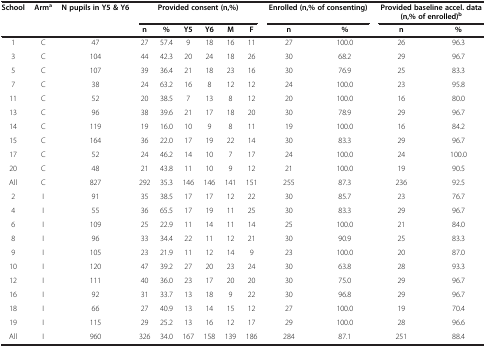
<table><thead><tr><td><b>School</b></td><td><b>Arm<sup>a</sup></b></td><td><b>N pupils in Y5 &amp; Y6</b></td><td colspan="6"><b>Provided consent (n,%)</b></td><td colspan="2"><b>Enrolled (n,% of consenting)</b></td><td colspan="2"><b>Provided baseline accel. data (n,% of enrolled)<sup>b</sup></b></td></tr><tr><td></td><td></td><td></td><td><b>n</b></td><td><b>%</b></td><td><b>Y5</b></td><td><b>Y6</b></td><td><b>M</b></td><td><b>F</b></td><td><b>n</b></td><td><b>%</b></td><td><b>n</b></td><td><b>%</b></td></tr></thead><tbody><tr><td>1</td><td>C</td><td>47</td><td>27</td><td>57.4</td><td>9</td><td>18</td><td>16</td><td>11</td><td>27</td><td>100.0</td><td>26</td><td>96.3</td></tr><tr><td>3</td><td>C</td><td>104</td><td>44</td><td>42.3</td><td>20</td><td>24</td><td>18</td><td>26</td><td>30</td><td>68.2</td><td>29</td><td>96.7</td></tr><tr><td>5</td><td>C</td><td>107</td><td>39</td><td>36.4</td><td>21</td><td>18</td><td>23</td><td>16</td><td>30</td><td>76.9</td><td>25</td><td>83.3</td></tr><tr><td>7</td><td>C</td><td>38</td><td>24</td><td>63.2</td><td>16</td><td>8</td><td>12</td><td>12</td><td>24</td><td>100.0</td><td>23</td><td>95.8</td></tr><tr><td>11</td><td>C</td><td>52</td><td>20</td><td>38.5</td><td>7</td><td>13</td><td>8</td><td>12</td><td>20</td><td>100.0</td><td>16</td><td>80.0</td></tr><tr><td>13</td><td>C</td><td>96</td><td>38</td><td>39.6</td><td>21</td><td>17</td><td>18</td><td>20</td><td>30</td><td>78.9</td><td>29</td><td>96.7</td></tr><tr><td>14</td><td>C</td><td>119</td><td>19</td><td>16.0</td><td>10</td><td>9</td><td>8</td><td>11</td><td>19</td><td>100.0</td><td>16</td><td>84.2</td></tr><tr><td>15</td><td>C</td><td>164</td><td>36</td><td>22.0</td><td>17</td><td>19</td><td>22</td><td>14</td><td>30</td><td>83.3</td><td>29</td><td>96.7</td></tr><tr><td>17</td><td>C</td><td>52</td><td>24</td><td>46.2</td><td>14</td><td>10</td><td>7</td><td>17</td><td>24</td><td>100.0</td><td>24</td><td>100.0</td></tr><tr><td>20</td><td>C</td><td>48</td><td>21</td><td>43.8</td><td>11</td><td>10</td><td>9</td><td>12</td><td>21</td><td>100.0</td><td>19</td><td>90.5</td></tr><tr><td>All</td><td>C</td><td>827</td><td>292</td><td>35.3</td><td>146</td><td>146</td><td>141</td><td>151</td><td>255</td><td>87.3</td><td>236</td><td>92.5</td></tr><tr><td>2</td><td>I</td><td>91</td><td>35</td><td>38.5</td><td>17</td><td>17</td><td>12</td><td>22</td><td>30</td><td>85.7</td><td>23</td><td>76.7</td></tr><tr><td>4</td><td>I</td><td>55</td><td>36</td><td>65.5</td><td>17</td><td>19</td><td>11</td><td>25</td><td>30</td><td>83.3</td><td>29</td><td>96.7</td></tr><tr><td>6</td><td>I</td><td>109</td><td>25</td><td>22.9</td><td>11</td><td>14</td><td>11</td><td>14</td><td>25</td><td>100.0</td><td>21</td><td>84.0</td></tr><tr><td>8</td><td>I</td><td>96</td><td>33</td><td>34.4</td><td>22</td><td>11</td><td>12</td><td>21</td><td>30</td><td>90.9</td><td>25</td><td>83.3</td></tr><tr><td>9</td><td>I</td><td>105</td><td>23</td><td>21.9</td><td>11</td><td>12</td><td>14</td><td>9</td><td>23</td><td>100.0</td><td>20</td><td>87.0</td></tr><tr><td>10</td><td>I</td><td>120</td><td>47</td><td>39.2</td><td>27</td><td>20</td><td>23</td><td>24</td><td>30</td><td>63.8</td><td>28</td><td>93.3</td></tr><tr><td>12</td><td>I</td><td>111</td><td>40</td><td>36.0</td><td>23</td><td>17</td><td>20</td><td>20</td><td>30</td><td>75.0</td><td>29</td><td>96.7</td></tr><tr><td>16</td><td>I</td><td>92</td><td>31</td><td>33.7</td><td>13</td><td>18</td><td>9</td><td>22</td><td>30</td><td>96.8</td><td>29</td><td>96.7</td></tr><tr><td>18</td><td>I</td><td>66</td><td>27</td><td>40.9</td><td>13</td><td>14</td><td>15</td><td>12</td><td>27</td><td>100.0</td><td>19</td><td>70.4</td></tr><tr><td>19</td><td>I</td><td>115</td><td>29</td><td>25.2</td><td>13</td><td>16</td><td>12</td><td>17</td><td>29</td><td>100.0</td><td>28</td><td>96.6</td></tr><tr><td>All</td><td>I</td><td>960</td><td>326</td><td>34.0</td><td>167</td><td>158</td><td>139</td><td>186</td><td>284</td><td>87.1</td><td>251</td><td>88.4</td></tr></tbody></table>